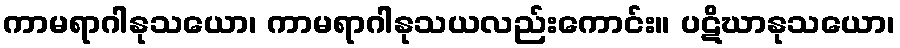
ကာမရာဂါနုသယော၊ ကာမရာဂါနုသယလည်းကောင်း။ ပဋိဃာနုသယော၊